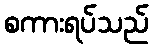
စကားရပ်သည်